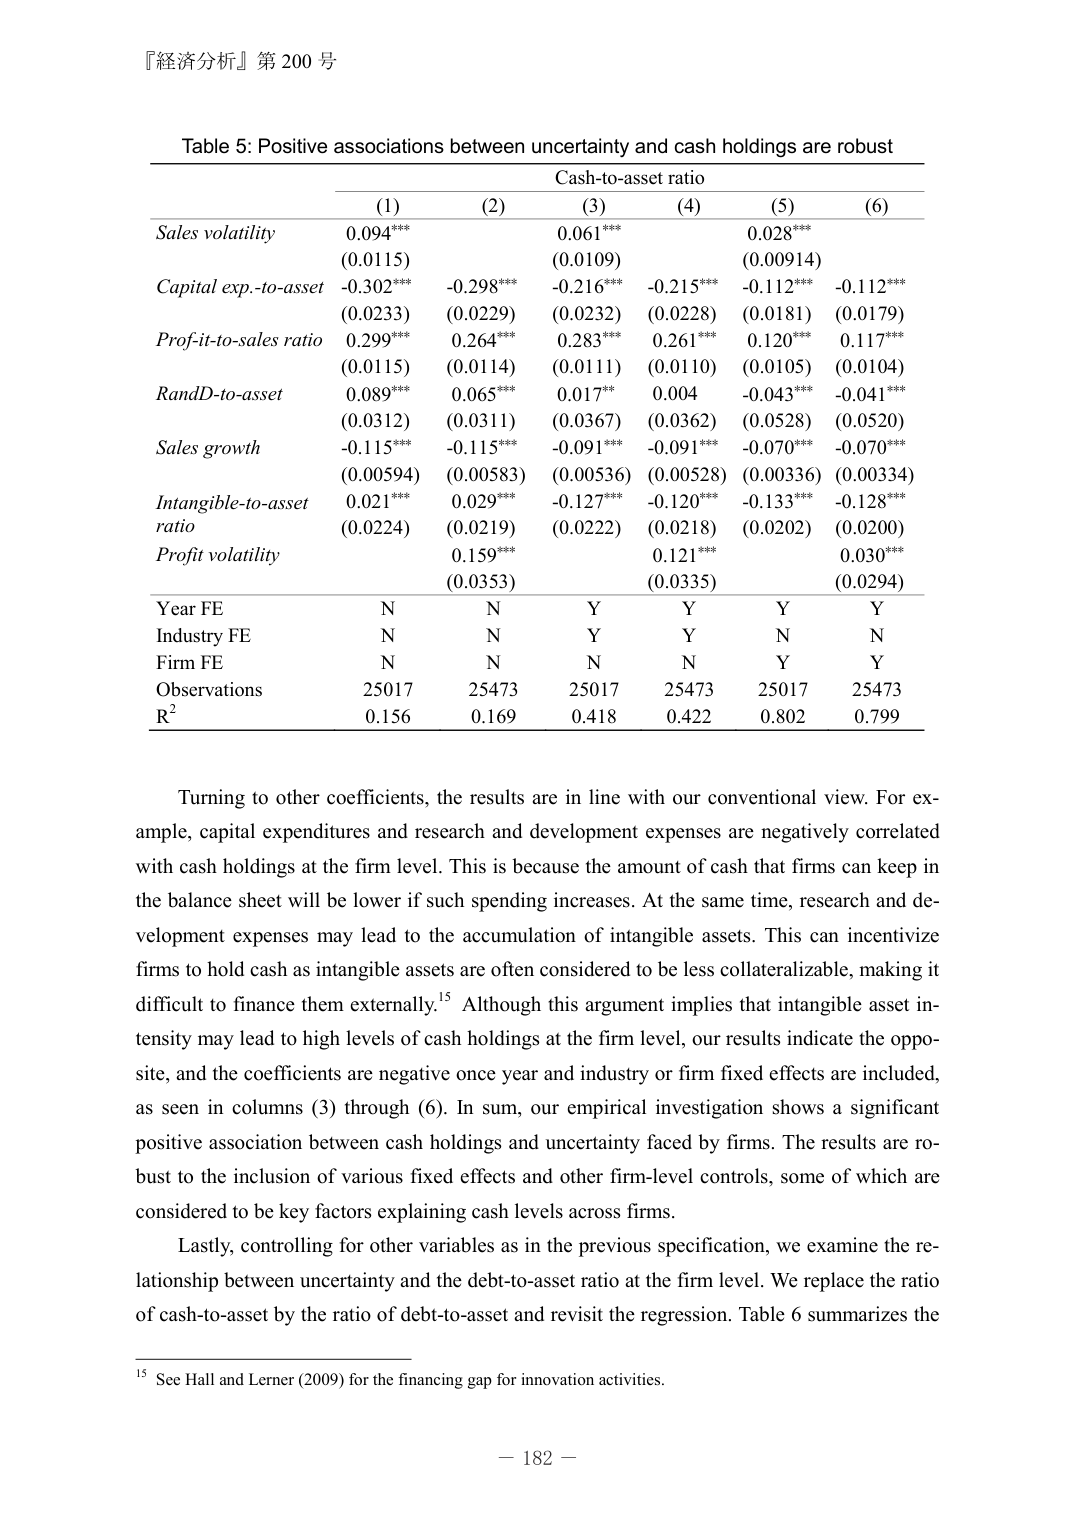
『経済分析』第 200 号

Table 5: Positive associations between uncertainty and cash holdings are robust

Cash-to-asset ratio

(1)         (2)         (3)         (4)         (5)         (6)

Sales volatility      0.094***    0.061***    0.028***
                    (0.015)     (0.0109)    (0.00914)

Capital exp.-to-asset -0.302***   -0.298***   -0.216***   -0.215***   -0.112***   -0.112***
                    (0.0233)    (0.0229)    (0.0232)    (0.0228)    (0.0181)    (0.0179)

Profit-to-sales ratio 0.299***    0.264***    0.283***    0.261***    0.120***    0.117***
                    (0.0115)    (0.0114)    (0.0111)    (0.0110)    (0.0105)    (0.0104)

RandD-to-asset        0.089***    0.065***    0.017***    0.004       -0.043***   -0.041***
                    (0.0312)    (0.0311)    (0.0367)    (0.0362)    (0.0528)    (0.0520)

Sales growth          -0.115***   -0.115***   -0.091***   -0.091***   -0.070***   -0.070***
                    (0.00594)   (0.00583)   (0.00536)   (0.00528)   (0.00336)   (0.00334)

Intangible-to-asset   0.021***    0.029***    -0.127***   -0.120***   -0.133***   -0.128***
ratio                 (0.0224)    (0.0219)    (0.0222)    (0.0218)    (0.0202)    (0.0200)

Profit volatility             0.159***            0.121***            0.030***
                                (0.0353)            (0.0335)            (0.0294)

Year FE               N           N           Y           Y           Y           Y
Industry FE           N           N           Y           Y           N           N
Firm FE               N           N           N           N           Y           Y
Observations          25017       25473       25017       25473       25017       25473
R²                    0.156       0.169       0.418       0.422       0.802       0.799

Turning to other coefficients, the results are in line with our conventional view. For example, capital expenditures and research and development expenses are negatively correlated with cash holdings at the firm level. This is because the amount of cash that firms can keep in the balance sheet will be lower if such spending increases. At the same time, research and development expenses may lead to the accumulation of intangible assets. This can incentivize firms to hold cash as intangible assets are often considered to be less collateralizable, making it difficult to finance them externally.¹⁵ Although this argument implies that intangible asset intensity may lead to high levels of cash holdings at the firm level, our results indicate the opposite, and the coefficients are negative once year and industry or firm fixed effects are included, as seen in columns (3) through (6). In sum, our empirical investigation shows a significant positive association between cash holdings and uncertainty faced by firms. The results are robust to the inclusion of various fixed effects and other firm-level controls, some of which are considered to be key factors explaining cash levels across firms.

Lastly, controlling for other variables as in the previous specification, we examine the relationship between uncertainty and the debt-to-asset ratio at the firm level. We replace the ratio of cash-to-asset by the ratio of debt-to-asset and revisit the regression. Table 6 summarizes the

¹⁵ See Hall and Lerner (2009) for the financing gap for innovation activities.

— 182 —